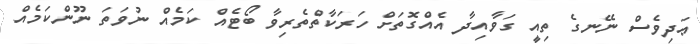
ޢަދިވެސް ނޭނގެ ތިއީ ގަވާއިދާ އެއްގޮތަށް ހަރަކާތްތެރިވާ ބޯޓެއް ކަމެއް ނުވަތަ ނޫންކަމެއް